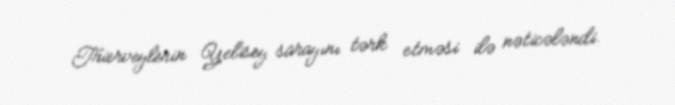
Trierveylerin Yelisey sarayını tərk etməsi ilə nəticələndi.